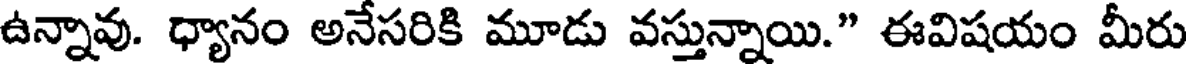
ఉన్నావు. ధ్యానం అనేసరికి మూడు వస్తున్నాయి." ఈవిషయం మీరు